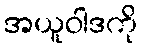
အယူဝါဒကို